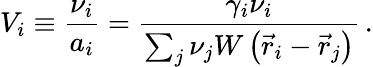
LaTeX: V_{i}\equiv\frac{\nu_{i}}{a_{i}}=\frac{\gamma_{i}\nu_{i}}{\sum_{j}\nu_{j}W\left(\vec{r}_{i}-\vec{r}_{j}\right)}\, .